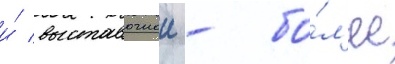
и́ выставочнои - бо́л'ее